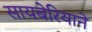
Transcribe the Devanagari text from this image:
सायबेरियाने